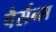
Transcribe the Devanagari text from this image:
पैर्सन्स